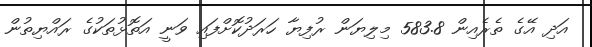
އަދި އޭގެ ތެރެއިން 583.8 މިލިޔަން ރުފިޔާ ހަރަދުކޮށްފައި ވަނީ އަތޮޅުތަކުގެ ރައްޔިތުން